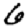
Digit: 6